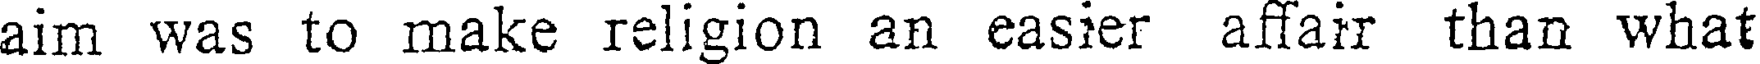
aim was to make religion an easier affair than what